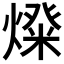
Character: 𤍝